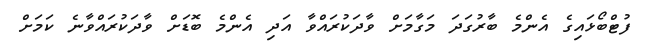
ފުޓްބޯޅައިގެ އެންމެ ބާރުގަދަ މަގާމަށް ވާދަކުރައްވާ އަދި އެންމެ ބޮޑަށް ވާދަކުރައްވާނެ ކަމަށް